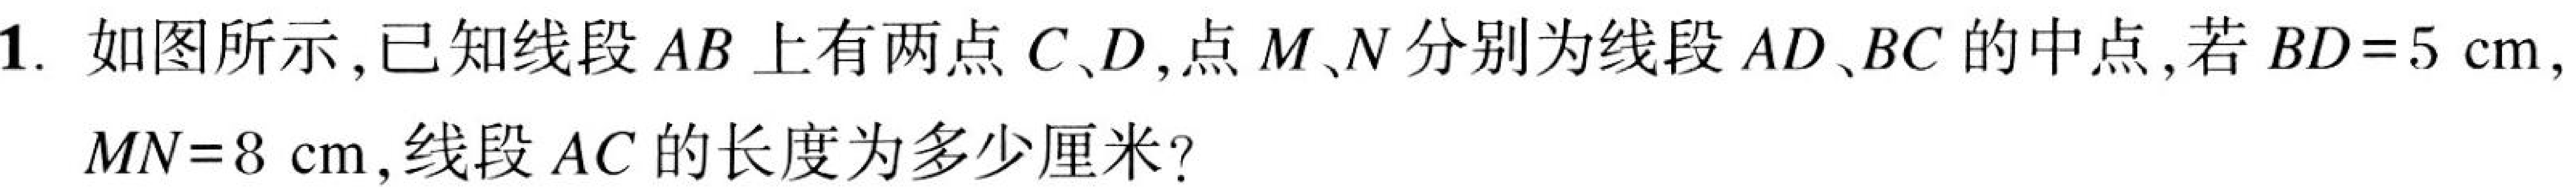
1. 如图所示,已知线段$AB$上有两点$C、D$,点$M、N$分别为线段$AD、BC$的中点,若$BD = 5\mathrm{cm}$, $MN = 8\mathrm{cm}$,线段$AC$的长度为多少厘米?